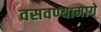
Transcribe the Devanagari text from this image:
वसवण्यामागे